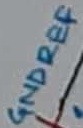
Text: GNDREF